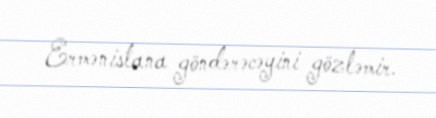
Ermənistana göndərəcəyini gözləmir.